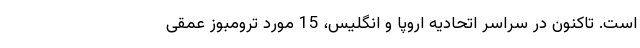
است. تاکنون در سراسر اتحادیه اروپا و انگلیس، 15 مورد ترومبوز عمقی